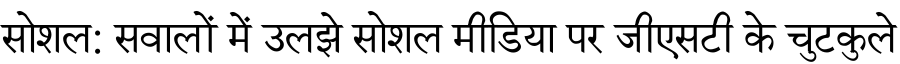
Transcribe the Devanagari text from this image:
सोशल: सवालों में उलझे सोशल मीडिया पर जीएसटी के चुटकुले